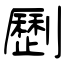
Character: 𠠝